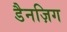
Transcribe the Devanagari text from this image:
डैनज़िग